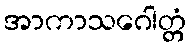
အာကာသဂေါတ္တံ